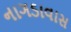
નાગડાવાસ